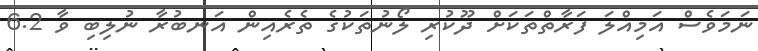
ނަމަވެސް އަމިއްލަ ފަރާތްތަކަށް ދޫކުރި ލޯނުތަކުގެ ތެރެއިން އަނބުރާ ނުލިބި ވާ 6.2